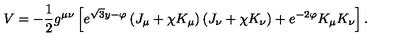
V = - \frac { 1 } { 2 } g ^ { \mu \nu } \left[ e ^ { \sqrt { 3 } y - \varphi } \left( J _ { \mu } + \chi K _ { \mu } \right) \left( J _ { \nu } + \chi K _ { \nu } \right) + e ^ { - 2 \varphi } K _ { \mu } K _ { \nu } \right] .